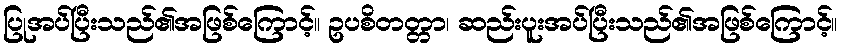
ပြုအပ်ပြီးသည်၏အဖြစ်ကြောင့်။ ဥပစိတတ္တာ၊ ဆည်းပူးအပ်ပြီးသည်၏အဖြစ်ကြောင့်။